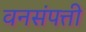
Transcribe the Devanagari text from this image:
वनसंपत्ती